Sanitation, dispensaries and jails vaccination Rajputana 1922-1927 - 1922-1927
Year: 1922
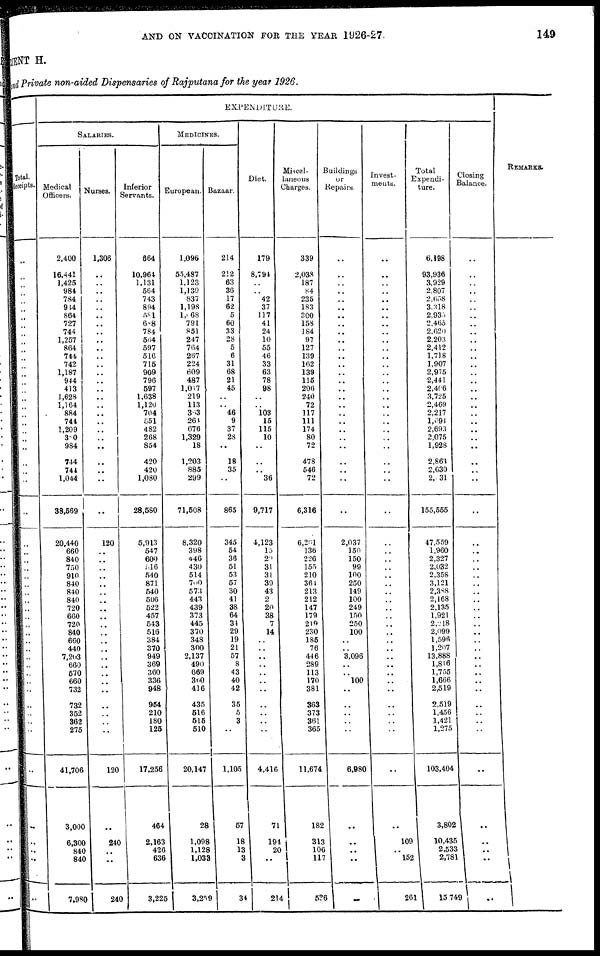
AND ON VACCINATION FOR THE YEAR 1926-27.
149
MENT H.
and Private non-aided Dispensaries of Rajputana for the year 1926.
Total.
Receipts.
..
..
..
..
..
..
..
..
..
..
..
..
..
..
..
..
..
..
..
..
..
..
..
..
..
..
..
..
..
..
..
..
..
..
..
..
..
..
..
..
..
..
..
..
..
..
..
..
..
..
..
..
..
..
..
..
EXPENDITURE.
SALARIES.
Medical
Officers.
2,400
16,441
1,425
984
784
944
864
727
744
1,257
864
744
742
1,187
944
413
1,628
1,164
884
744
1,209
380
984
744
744
1,044
38,569
20,440
660
840
750
910
840
840
840
720
660
720
840
660
440
7,203
660
570
660
732
732
352
362
275
41,706
3,000
6,300
840
840
7,980
Nurses.
1,306
..
..
..
..
..
..
..
..
..
..
..
..
..
..
..
..
..
..
..
..
..
..
..
..
..
..
120
..
..
..
..
..
..
..
..
..
..
..
..
..
..
..
..
..
..
..
..
..
..
120
..
240
..
..
240
Inferior
Servants.
664
10,964
1,131
564
743
894
581
688
784
564
597
516
715
909
796
597
1,638
1,120
704
551
482
268
854
420
420
1,080
28,580
5,913
547
600
516
540
871
540
506
522
457
543
516
384
370
949
369
360
336
948
954
210
180
125
17,256
464
2,163
426
636
3,225
MEDICINES.
European.
1,096
55,487
1,123
1,139
837
1,198
1,068
791
851
247
764
267
224
609
487
1,017
219
113
363
264
676
1,329
18
1,203
885
299
71,508
8,320
398
446
430
514
700
573
443
439
373
445
370
348
300
2,137
490
669
360
416
435
516
515
510
20,147
28
1,098
1,128
1,033
3,259
Bazaar.
214
212
63
36
17
62
5
60
33
28
5
6
31
68
21
45
..
..
46
9
37
28
..
18
35
..
865
345
54
36
51
53
57
30
41
38
64
34
29
19
21
57
8
43
40
42
35
5
3
..
1,105
57
18
13
3
34
Diet.
179
8,794
..
..
42
37
117
41
24
10
55
46
33
63
78
98
..
..
103 15
115
10
..
..
..
36
9,717
4,123
15
29
31
31
39
43
2
20
38
7
14
..
..
..
..
..
..
..
..
..
..
..
4,416
71
194
20
..
214
Miscel-
laneous
Charges.
339
2,038
187
84
235
183
300
158
184
97
127
139
162
139
115
206
240
72
117
111
174
80
72
478
546
72
6,316
6,261
136
226
155
210
364
213
212
147
179
219
230
185
76
446
289
113
170
381
363
373
361
365
11,674
182
313
106
117
536
Buildings
or
Repairs.
..
..
..
..
..
..
..
..
..
..
..
..
..
..
..
..
..
..
..
..
..
..
..
..
..
..
..
2,037
150
150
99
100
250
149
100
249
150
250
100
..
..
3,096
..
..
100
..
..
..
..
..
6,980
..
..
..
..
..
Invest-
ments.
..
..
..
..
..
..
..
..
..
..
..
..
..
..
..
..
..
..
..
..
..
..
..
..
..
..
..
..
..
..
..
..
..
..
..
..
..
..
..
..
..
..
..
..
..
..
..
..
..
..
..
..
109
..
152
261
Total
Expendi-
ture.
6,198
93,936
3,929
2,807
2,658
3,318
2,933
2,465
2,620
2,203
2,412
1,718
1,907
2,975
2,441
2,406
3,725
2,469
2,217
l,394
2,693
2,075
1,928
2,863
2,630
2, 31
155,555
47,559
1,960
2,327
2,032
2,358
3,121
2,388
2,168
2,135
1,921
2,218
2,099
1,596
1,207
13,888
1,816
1,755
1,666
2,519
2,519
1,456
1,421
1,275
103,404
3,802
10,435
2,533
2,781
15,749
Closing
Balance.
..
..
..
..
..
..
..
..
..
..
..
..
..
..
..
..
..
..
..
..
..
..
..
..
..
..
..
..
..
..
..
..
..
..
..
..
..
..
..
..
..
..
..
..
..
..
..
..
..
..
..
..
..
..
..
..
REMARKS.